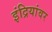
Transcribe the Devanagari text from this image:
इंद्रियांवर